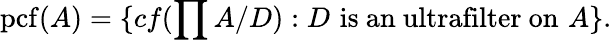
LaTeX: \mathrm{{pcf}}(A)=\{ cf(\prod A/D):D\, \, {\mathrm{is~an~ultrafilter~on}}\, \, A\} .